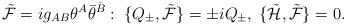
LaTeX: \begin{align*}{\tilde {\cal F}}=ig_{AB}\theta^A{\bar\theta}^{\bar B}:\; \{Q_\pm, {\tilde{\cal F}}\}=\pm i Q_\pm, \;\{{\tilde{\cal H}}, {\tilde{\cal F}}\}=0.\end{align*}